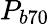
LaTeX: P_{b70}